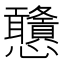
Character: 𢦀